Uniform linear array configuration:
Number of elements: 24
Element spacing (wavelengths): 0.75
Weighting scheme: exponential
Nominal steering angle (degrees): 0
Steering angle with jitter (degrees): -1.711
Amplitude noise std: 0.05
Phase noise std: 0.05

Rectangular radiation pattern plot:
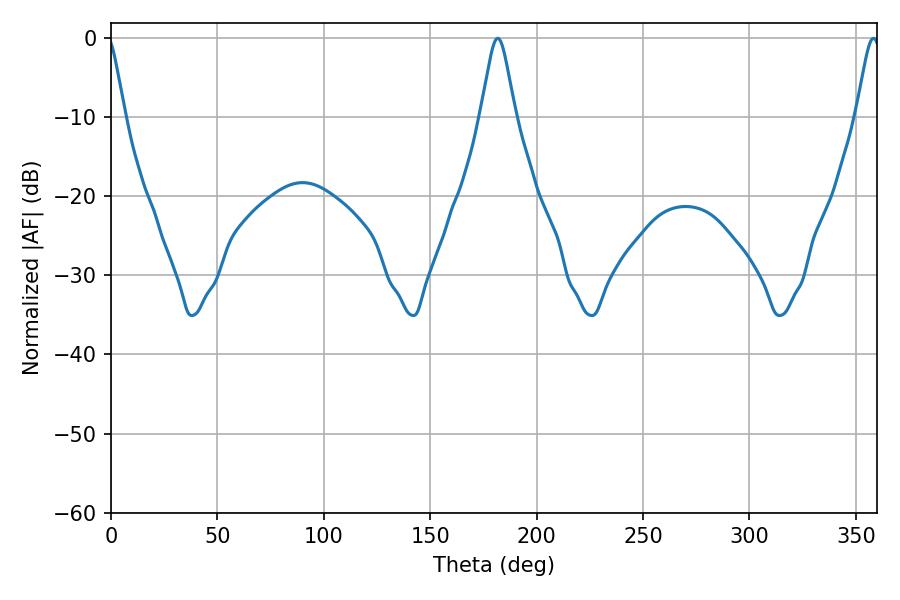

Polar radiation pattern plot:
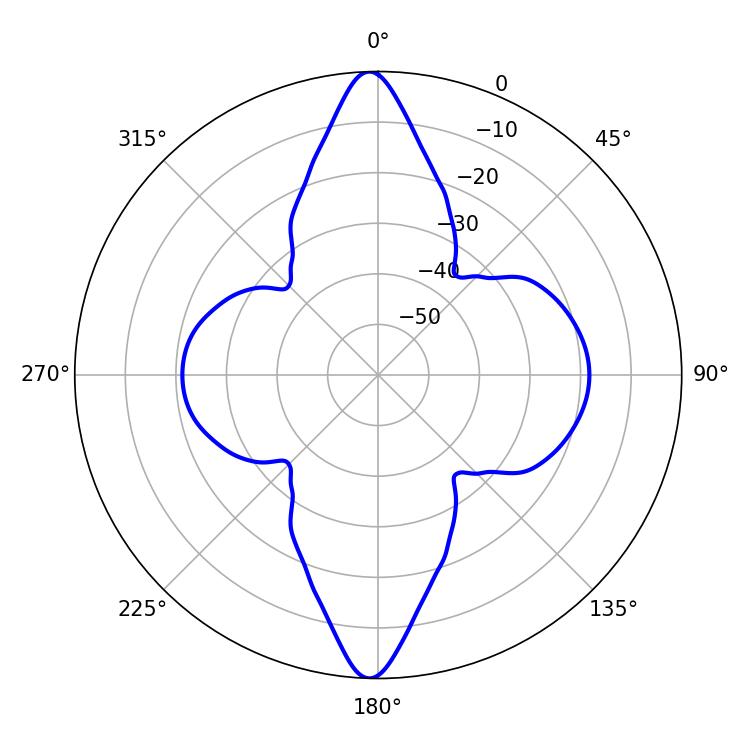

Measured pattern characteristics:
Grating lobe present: TRUE
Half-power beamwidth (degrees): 5.58
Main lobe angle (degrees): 358.2